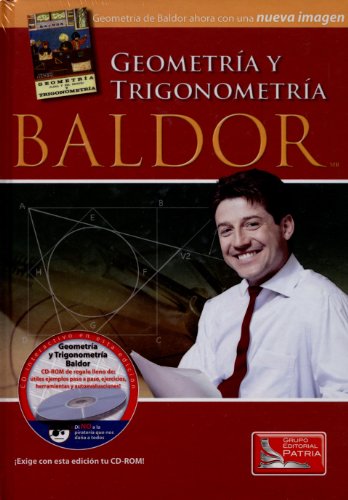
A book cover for Geometria y trigonometria cd 2a ed (Spanish Edition); Baldor; Science & Math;